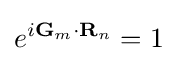
e^{i\mathbf {G} _{m}\cdot \mathbf {R} _{n}}=1